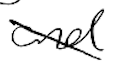
Text: and
Cross-out: diagonal
Writing tool: digital_black